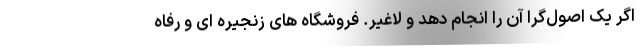
اگر یک اصول‌گرا آن را انجام دهد و لاغیر. فروشگاه های زنجیره ای و رفاه